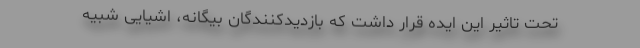
تحت تاثیر این ایده قرار داشت که بازدیدکنندگان بیگانه، اشیایی شبیه